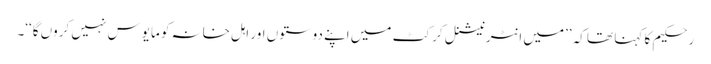
رحکیم کا کہنا تھا کہ ’’میں انٹرنیشنل کرکٹ میں اپنے دوستوں اور اہل خانہ کو مایوس نہیں کروں گا‘‘۔